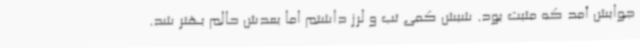
جوابش آمد که مثبت بود. شبش کمی تب و لرز داشتم اما بعدش حالم بهتر شد.